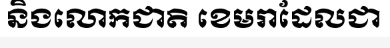
និងលោកជាតិ ខេមរាដែលជា